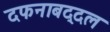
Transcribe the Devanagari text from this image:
दफनाबद्दल